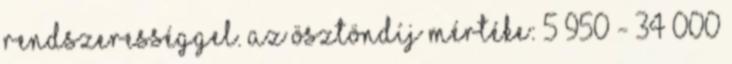
rendszerességgel. Az ösztöndíj mértéke: 5 950 - 34 000